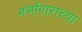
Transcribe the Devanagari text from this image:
गर्भागाराच्या